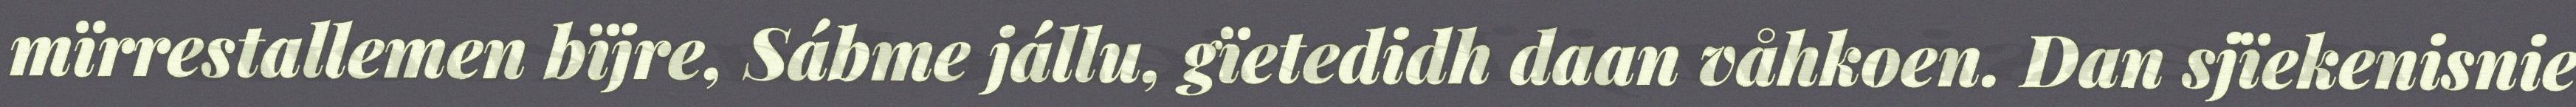
mïrrestallemen bïjre, Sábme jállu, gïetedidh daan våhkoen. Dan sjïekenisnie